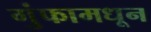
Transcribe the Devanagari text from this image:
गुंफामधून